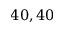
4 0 , 4 0